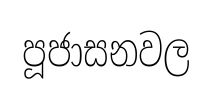
පූජාසනවල